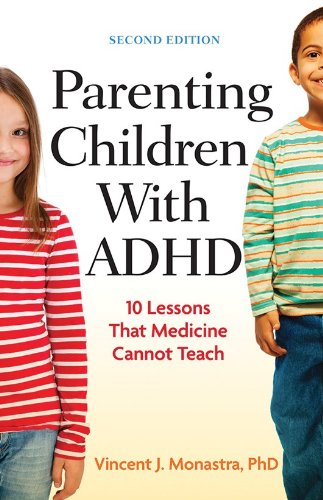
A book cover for Parenting Children with ADHD: 10 Lessons That Medicine Cannot Teach (Lifetools: Books for the General Public); Vincent J. Monastra; Parenting & Relationships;